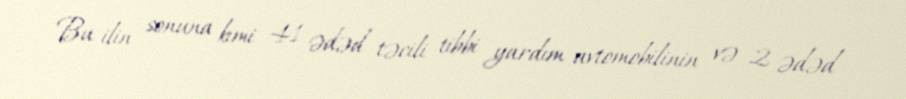
Bu ilin sonuna kimi 41 ədəd təcili tibbi yardım avtomobilinin və 2 ədəd